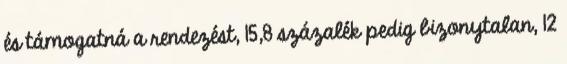
és támogatná a rendezést, 15,8 százalék pedig bizonytalan, 12